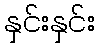
နှင်းနှင်း